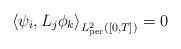
LaTeX: \begin{align*}\left<\psi_i,L_j\phi_k\right>_{L^2_{\rm per}([0,T])}=0\end{align*}